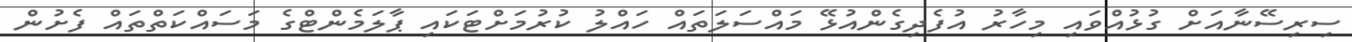
ސިރިސޭނާއަށް ގުޅުއްވައި މިހާރު އުފެދިގެންއުޅޭ މައްސަލަތައް ހައްލު ކުރުމަށްޓަކައި ޕާލަމެންޓްގެ މަސައްކަތްތައް ފެށުން